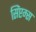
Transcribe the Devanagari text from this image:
सिंप्टम्स